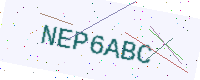
Text: NEP6ABC